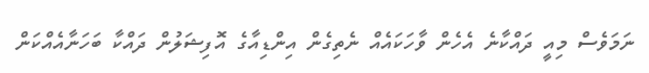
ނަމަވެސް މިއީ ދައްކާނެ އެހެން ވާހަކައެއް ނެތިގެން އިންޑިއާގެ އޮފިޝަލުން ދައްކާ ބަހަނާއެއްކަން